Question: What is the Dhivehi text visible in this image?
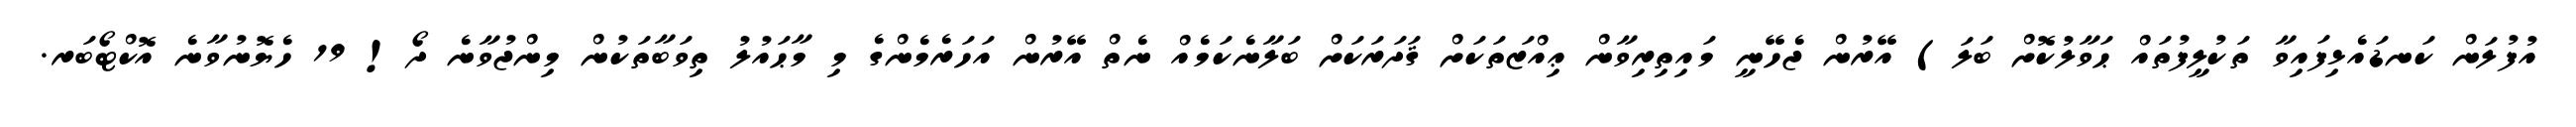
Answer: އުފުލަން ކަނޑައެޅިފައިވާ ތަކުލީފުތައް ޙަވާލުކޮށް ބަލަ) އޭރުން ޖެހޭނީ މައިތިރިވާން ޢިއްޒަތަކަށް ޤަދަރަކަށް ބަލާނެކަމެއް ނެތް އޭރުން އަހަރެމެންގެ މި މާޙައުލު ތިވަބާތަކުން މިންޖުވާނެ ދޯ! 19 ހެޔޮނުވާނެ އޮކްޓޯބަރ.